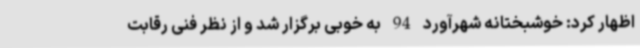
اظهار کرد: خوشبختانه شهرآورد 94 به خوبی برگزار شد و از نظر فنی رقابت